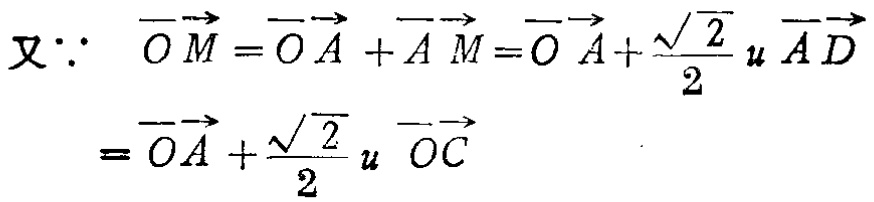
\[
\begin{align*}
\text{又}\because\quad \overrightarrow{OM}&=\overrightarrow{OA}+\overrightarrow{AM}=\overrightarrow{OA}+\frac{\sqrt{2}}{2}u\overrightarrow{AD}\\
&=\overrightarrow{OA}+\frac{\sqrt{2}}{2}u\overrightarrow{OC}
\end{align*}
\]